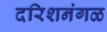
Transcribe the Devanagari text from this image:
दरिशनंगळ